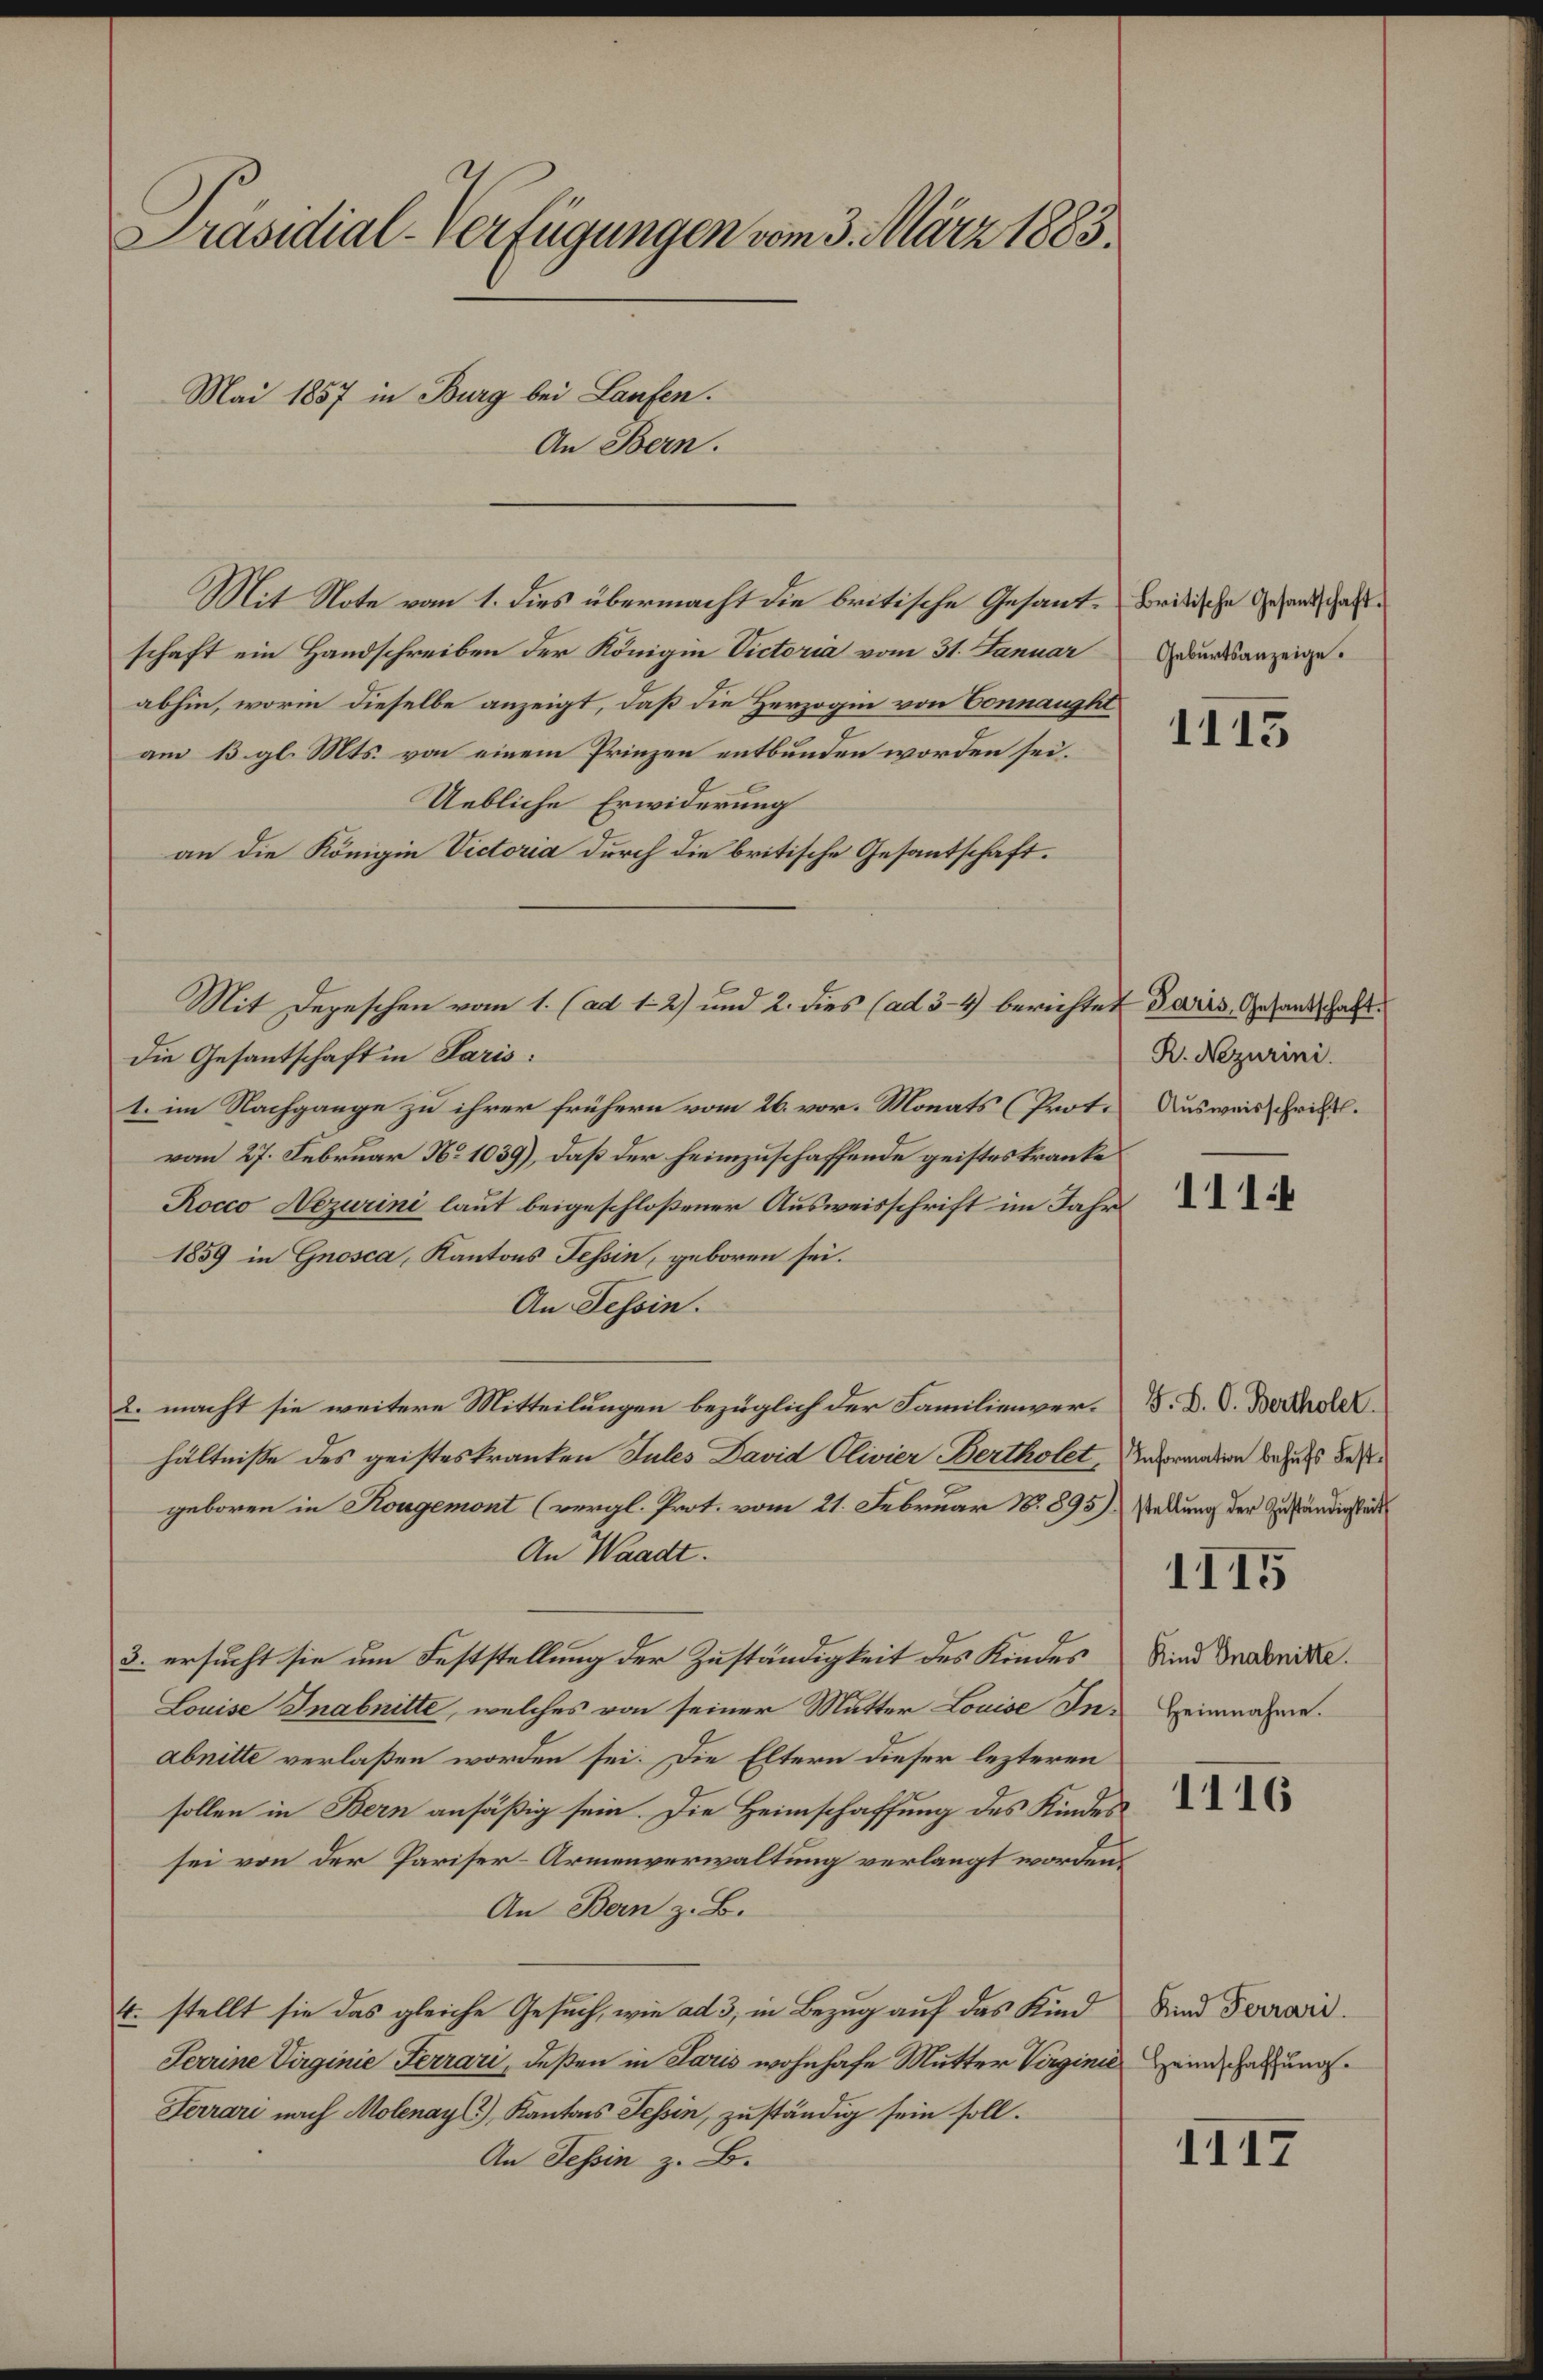
Präsidial-Verfügungen vom 3. März 1883.
Mai 1857 in Burg bei Laufen.
An Bern.

Mit Note vom 1. dies übermacht die britische Gesand-Britische Gesandschaftschaft ein Handschreiben der Königin Victoria vom 31. Januar
abhin, worin dieselbe anzeigt, daß die Herzogin von Connaught
am 13. gl. Mts. von einem Prinzen entbunden worden sei.
Uebliche Erwiderung
an die Königin Victoria durch die britische Gesantschaft.
Mit Depeschen vom 1. (ad 12) und 2. dies (ad 3-4) berichtet
die Gesantschaft in Paris:
1. im Nachgange zu ihrer frühern vom 26. vor. Monats (Prot.
vom 27. Februar No 1039), daß der heimzuschaffende geistes kranke
Rocco Nezurini laut beigeschloßener Ausweisschrift im Jahr
1859 in Gnosca, Kantons Tessin, geboren sei.
An Tessin.
2. macht sie weitere Mitteilungen bezüglich der Familienverhältniße des geisteskranken Jules David Olivier Bertholet, Vormalen bezug des
geboren in Kongemont (vergl. Prot. vom 21. Februar 18. 895)
An Waadt.
3. ersucht sie um Feststellung der Zuständigkeit des Kindes
Louise Inabnitte, welches von seiner Mutter Louise Inabnitte verlaßen worden sei. Die Eltern dieser lezteren
sollen in Bern ansäßig sein. Die Heimschaffung des Kindes
sei von der Pariser-Armenverwaltung verlangt wordens
An Bern z. B.
4. stellt sie das gleiche Gesuch, wie ad 3, in Bezug auf das Kind
Serrine Virginie Ferrari, deßen in Paris wohnhafe Mutter Virginie einhebung.
Ferrari nach Molenay, Kantons Tessin, zuständig sein soll.
An Tessin z. B.

Geburtsanzeige.

1115

Paris, Gesantschaft.
R. Nezurini.
Ausweisschrift.

111

G. B. O. Bertholet.
stellung der Zuständigkeit

1115

Kind Gnabnitte.
Heinnahme.

1116

Kind Ferrari

1117